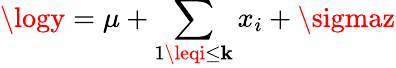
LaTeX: \logy=\mu+\sum_{1\leqi\leq\mathbf{k}}x_{i}+\sigmaz